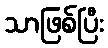
သာဖြစ်ပြီး